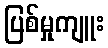
ပြစ်မှုကျူး